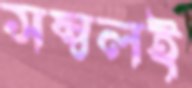
সম্বলই